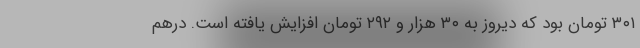
۳۰۱ تومان بود که دیروز به ۳۰ هزار و ۲۹۲ تومان افزایش یافته است. درهم